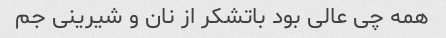
همه چی عالی بود باتشکر از نان و شیرینی جم